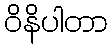
ဝိနိပါတာ